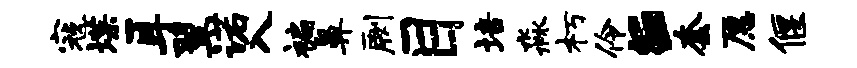
寇堞耳翌诺入褊鼻劂目培淼朽伶E套愿偃